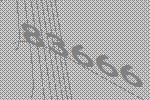
83666